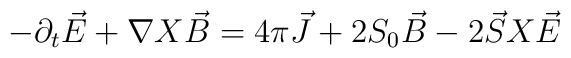
-{\partial}_{t}\vec{E} + {\nabla}X \vec{B}= 4{\pi}\vec{J}+2S_{0}\vec{B}-2\vec{S}X \vec{E}